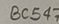
Text: BC547